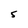
Character: 5